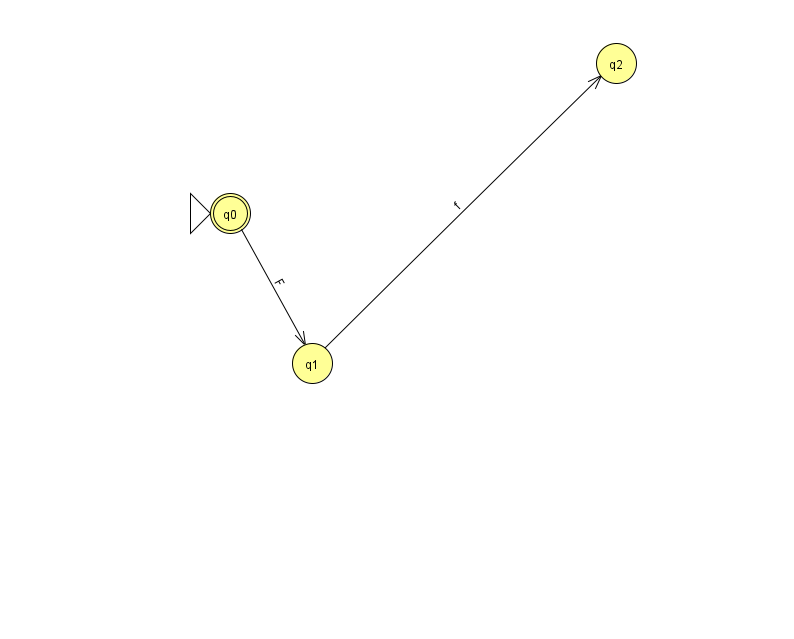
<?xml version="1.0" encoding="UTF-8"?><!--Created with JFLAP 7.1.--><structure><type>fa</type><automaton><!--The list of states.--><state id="0" name="q0"><x>230.0</x><y>200.0</y><initial/><final/></state><state id="1" name="q1"><x>312.0</x><y>350.0</y></state><state id="2" name="q2"><x>616.0</x><y>50.0</y></state><!--The list of transitions.--><transition><from>0</from><to>1</to><read>F</read></transition><transition><from>1</from><to>2</to><read>f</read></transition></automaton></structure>